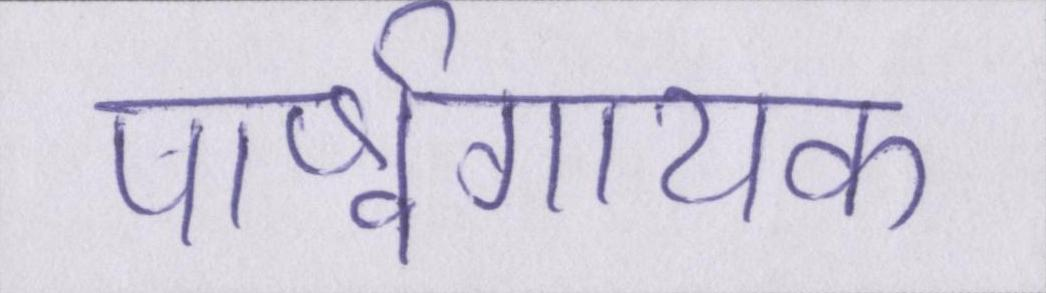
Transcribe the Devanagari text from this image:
पार्श्वगायक